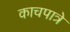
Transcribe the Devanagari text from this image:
काचपात्रे